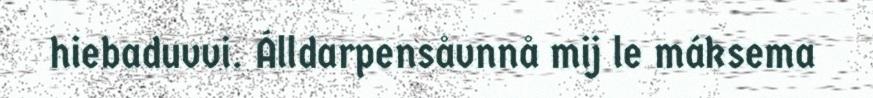
hiebaduvvi. Álldarpensåvnnå mij le máksema